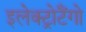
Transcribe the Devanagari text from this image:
इलेक्ट्रोटैंगो